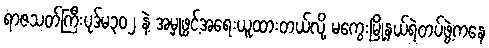
ရာဇသတ်ကြီးပုဒ်မ၃၀၂ နဲ့ အမှုဖွင့်အရေးယူထားတယ်လို့ မကွေးမြို့နယ်ရဲတပ်ဖွဲ့ကနေ